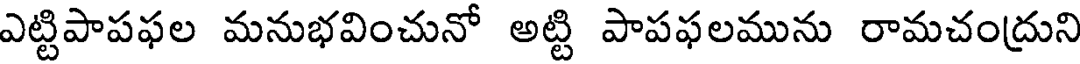
ఎట్టిపాపఫల మనుభవించునో అట్టి పాపఫలమును రామచంద్రుని